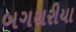
બગથરીયા